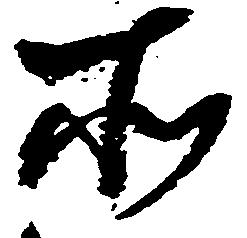
所